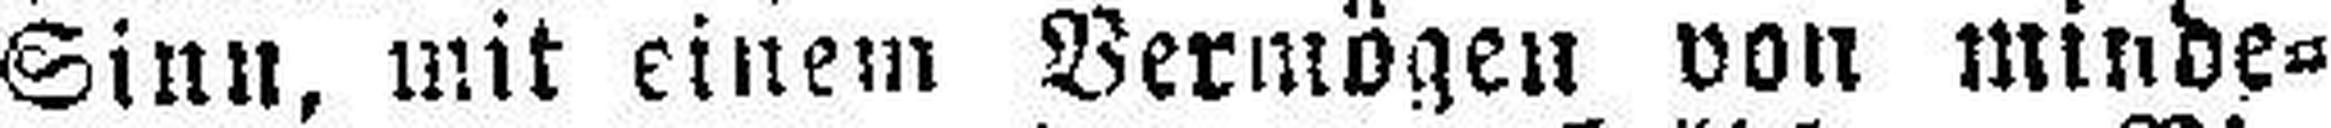
Sinn, mit einem Vermögen non minde¬